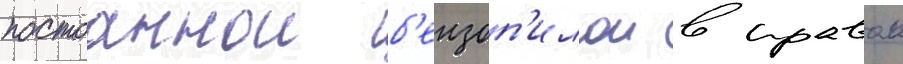
постоаннои б'ензоп'илои в правои